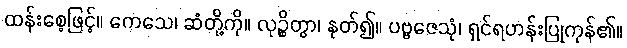
ထန်းစေ့ဖြင့်။ ကေသေ၊ ဆံတို့ကို။ လုဉ္စိတွာ၊ နုတ်၍။ ပဗ္ဗဇေသုံ၊ ရှင်ရဟန်းပြုကုန်၏။